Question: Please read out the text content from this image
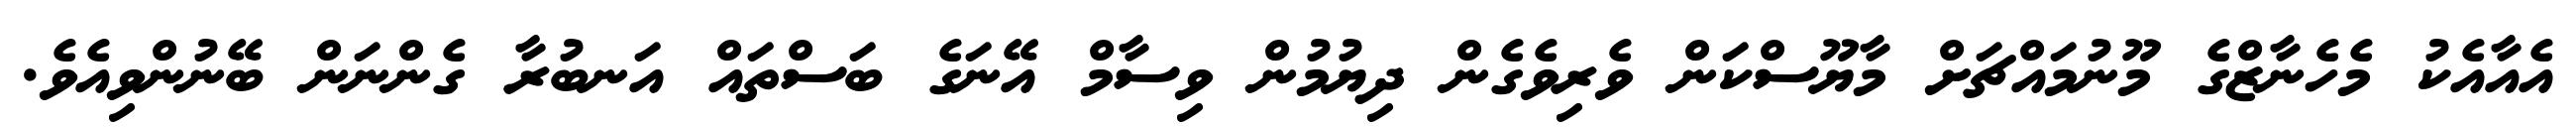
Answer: އެއާއެކު މެހެނާޒްގެ މޫނުމައްޗަށް މާޔޫސްކަން ވެރިވެގެން ދިޔުމުން ވިސާމް އޭނަގެ ބަސްތައް އަނބުރާ ގެންނަން ބޭނުންވިއެވެ.